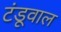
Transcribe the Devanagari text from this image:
टंडूवाल